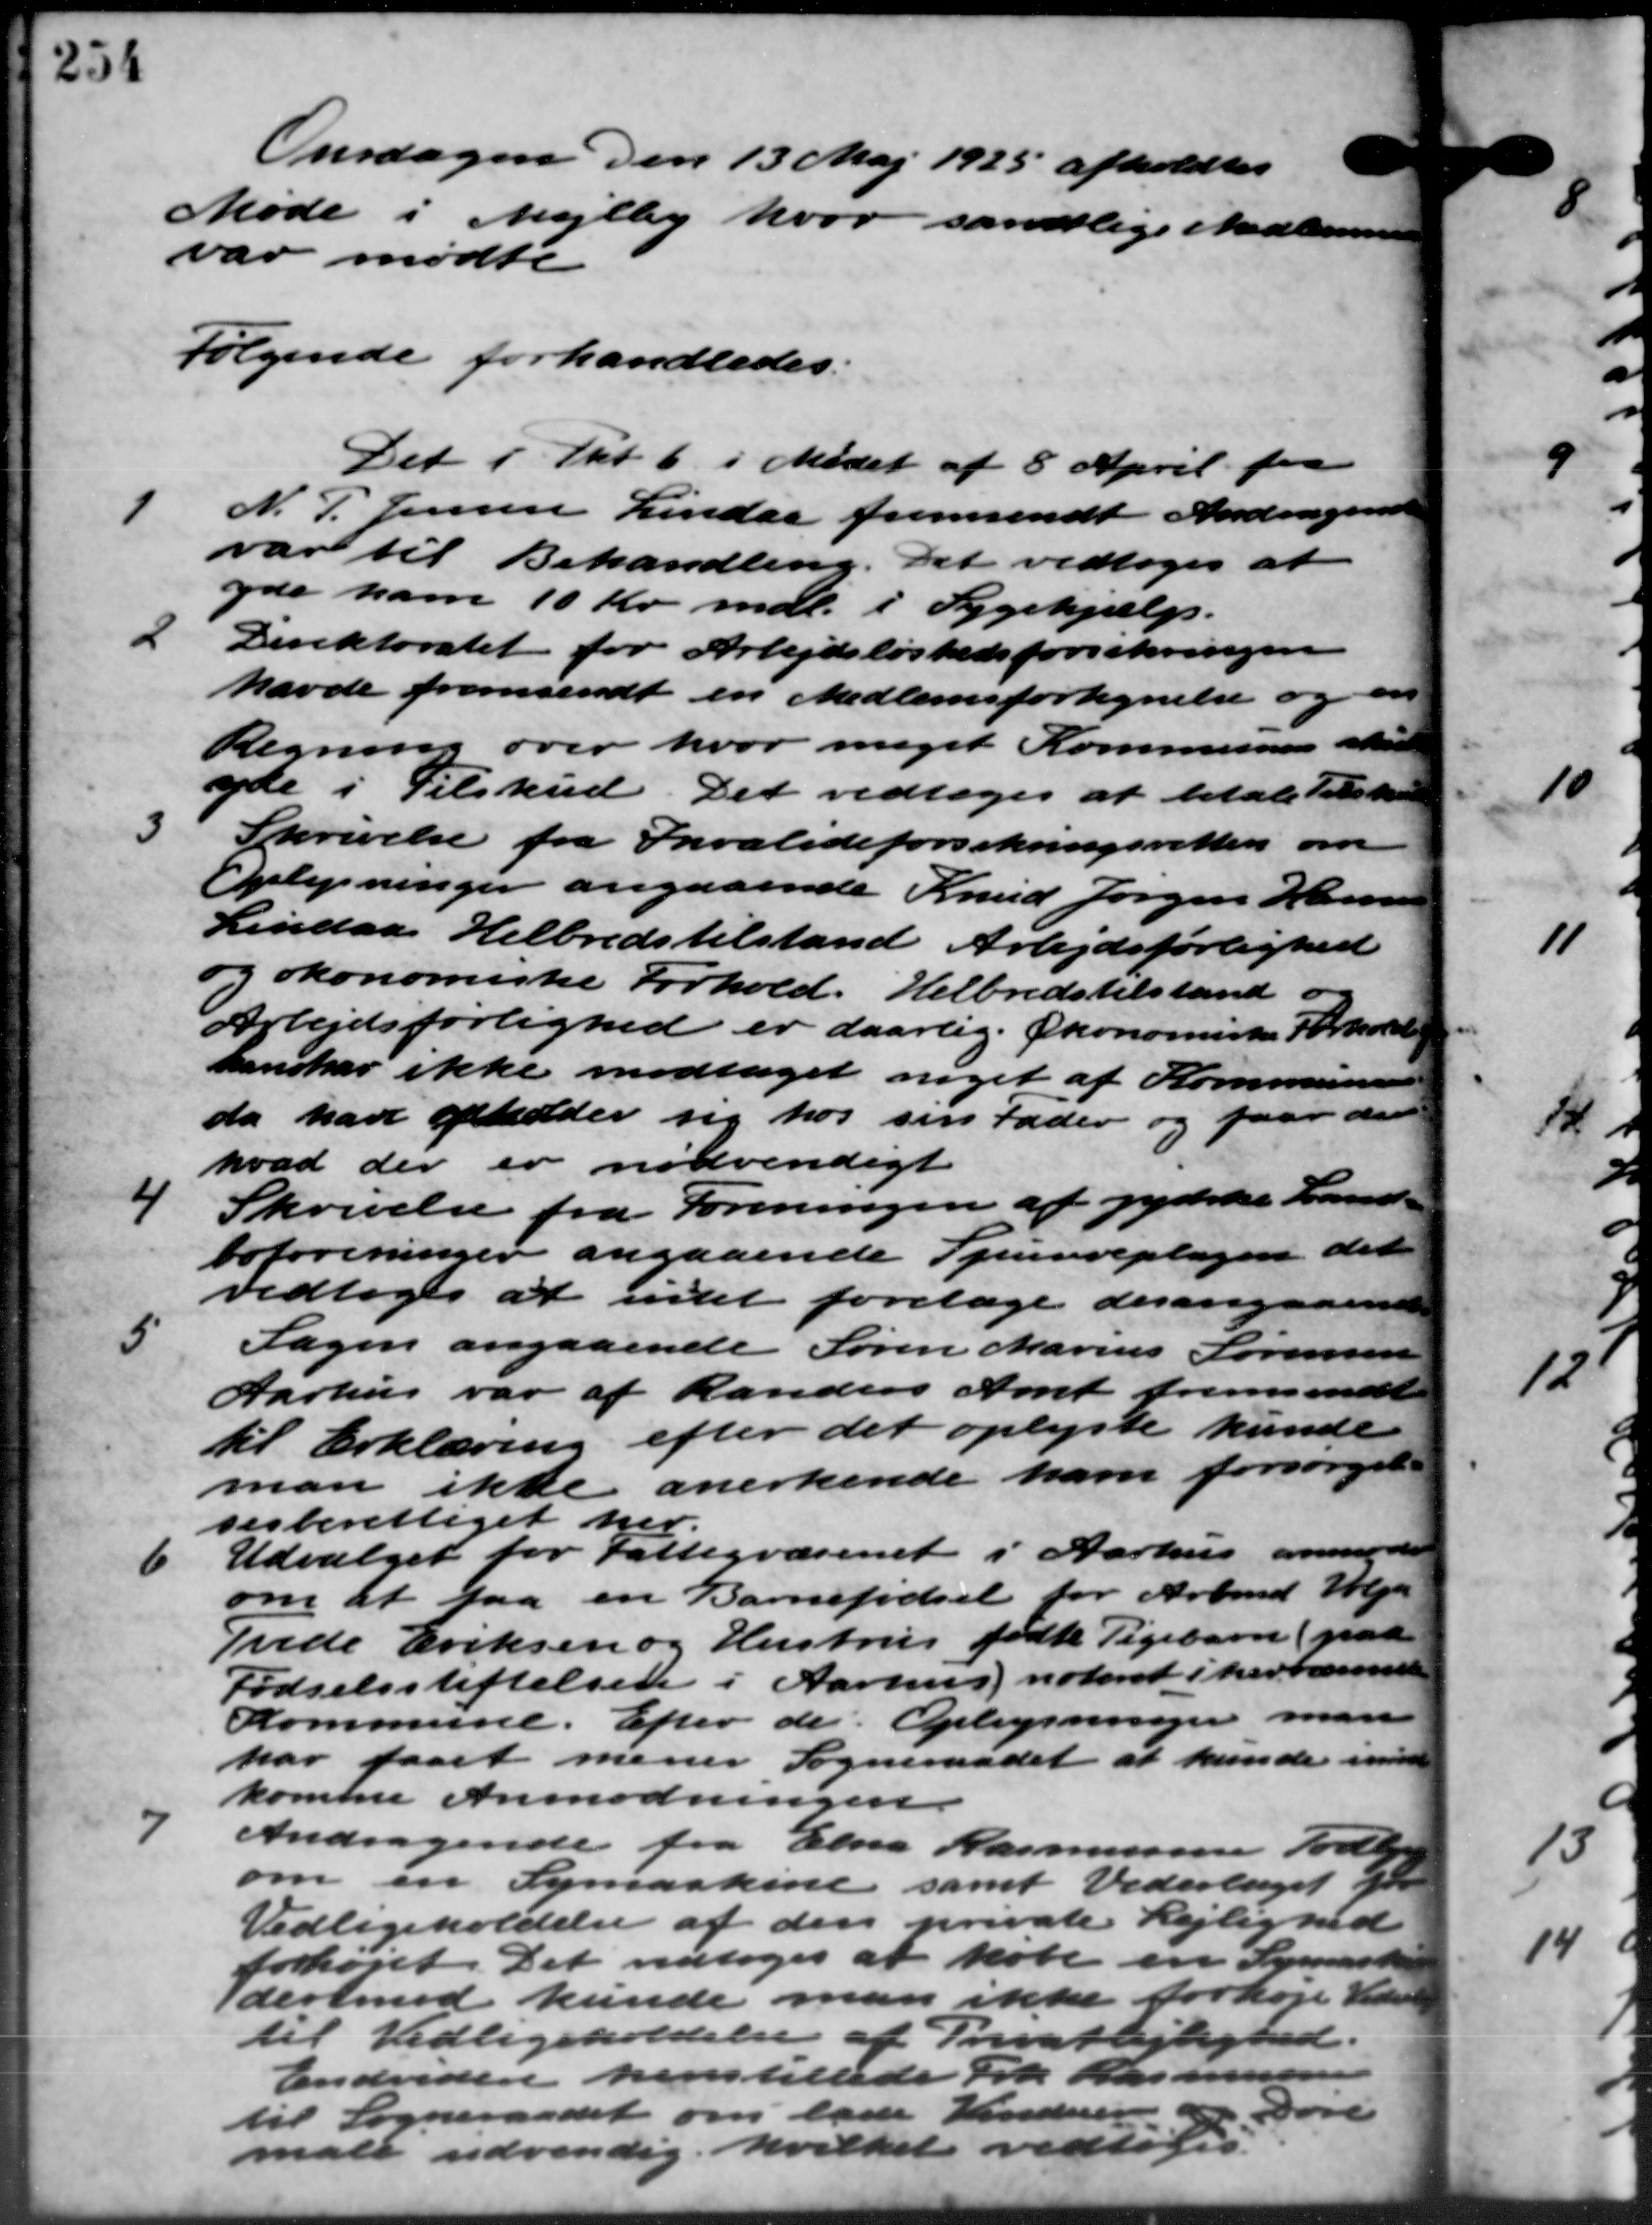
Transskription:
Onsdagen den 13 Maj 1925 afholdtes
Møde i Mejlby hvor samtlige Medlemmer
var mødte
Følgende forhandledes.
Det i Pkt. 6 i Mødet af 8 April fra

N. P. Jensen Lindaa fremsendt Andragend
var til Behandling. Det vedtoges at
yde ham 10 Kr. mdl. i Sygehjælp.
2
Direktoratet for Arbejdsløshedsforsikringen
havde fremsendt en Medlemsfortegnelse og
Regning over hvor meget Kommunen skulde
yde i Tilskud. Det vedtoges at betale tilskud

Skrivelse fra Invalideforsikringsretten om
Oplysninger angaaende Knud Jørgen Hansen
Lindaa Helbredstilstand Arbejdsførlighed
og økonomiske Forhold. Helbredstilstand og
Arbejdsforlighed er daarlig Økonomiske Forhold
han har ikke modtaget noget af Kommunens
da have opholder sig hos sin Fader og faar den
hvad der er nødvendigt
4
Skrivelse fra Foreningen af jydske Land-
boforeninger angaaende Spurveplagen det
vedtoges at intet foretage desangaaende
5
Sagen angaaende Søren Marius Sørensen
Aarhus var af Randers Amt fremsendt
til Erklæring efter det oplyste kunde
anerkende ham forsørgelse
man ikke
sesberettiget her.
6
Udvalget for Fattigvæsenet i Aarhus anmod-
om at faa en Barnefødsel for Arbmd. Holger
Frede Eriksen og Hustrus fødte Pigebarn (paa
Fødselsstiftelsen i Aarhus noteret i herværende
Kommune. Efter de Oplysninger man
har faaet mener Sogneraadet at kunde ind
komte Anmodningen
7
Andragende fra Elna Rasmussen Tod
om en Symaskine samt Vederlaget Gdr
Vedligeholdelse af den private Lejlighed
forhøjet. Det vedtoges at købe en Syne
derimod kunde man ikke forhøje Veder
til Vedligeholdelse af Privatlejlighed.
Endvidere henstillede Frk Kl
til Sogneraadet om lade Vinduer
male udvendig hvilket vedtoges